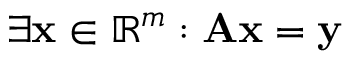
\exists \mathbf { x } \in \mathbb { R } ^ { m } : \mathbf { A x } = \mathbf { y }